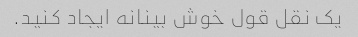
یک نقل قول خوش بینانه ایجاد کنید.